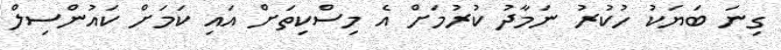
ގިނަ ބަޔަކު ހުކުރު ނަމާދު ކުރުމަށް އެ މިސްކިތަށް އައި ކަމަށް ކައުންސިލް